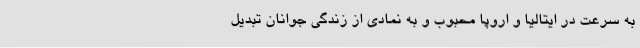
به سرعت در ایتالیا و اروپا محبوب و به نمادی از زندگی جوانان تبدیل